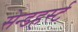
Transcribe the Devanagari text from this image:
सेन्डहर्स्ट